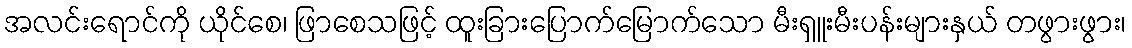
အလင်းရောင်ကို ယိုင်စေ၊ ဖြာစေသဖြင့် ထူးခြားပြောက်မြောက်သော မီးရှူးမီးပန်းများနှယ် တဖွားဖွား၊